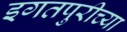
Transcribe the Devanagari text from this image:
इगतपुरीच्या